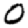
Digit: 0